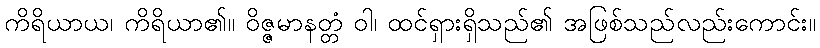
ကိရိယာယ၊ ကိရိယာ၏။ ဝိဇ္ဇမာနတ္တံ ဝါ၊ ထင်ရှားရှိသည်၏ အဖြစ်သည်လည်းကောင်း။